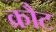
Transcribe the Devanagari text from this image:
क्रौट